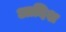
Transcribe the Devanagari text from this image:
आदिश